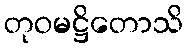
တုဝမဋ္ဌိတောသိ